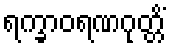
ရက္ခာဝရဏဂုတ္တိံ